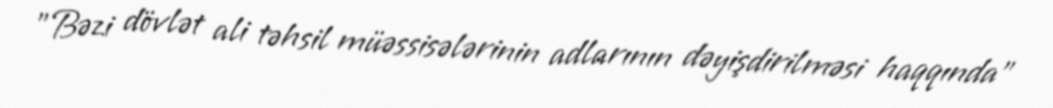
"Bəzi dövlət ali təhsil müəssisələrinin adlarının dəyişdirilməsi haqqında"